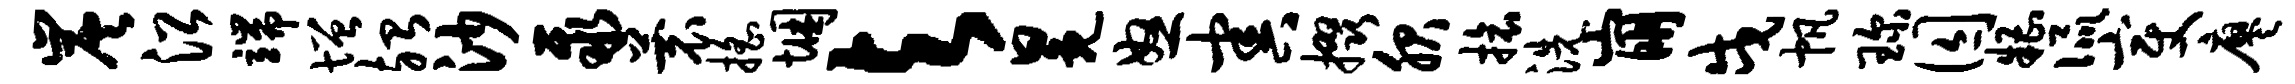
炭沿端增殆沙聚蓑摇悃与冕怒害掇服旅洗崩戍帆琛囚糟侃变廖